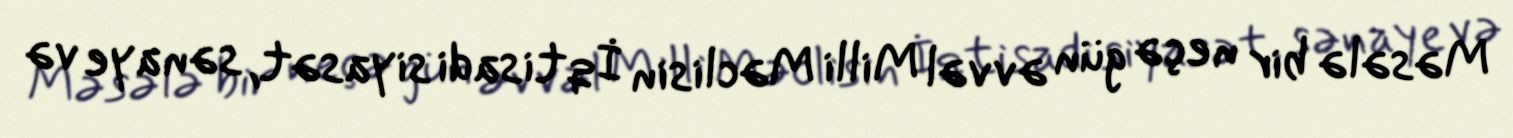
Məsələ bir neçə gün əvvəl Milli Məclisin İqtisadi siyasət, sənaye və